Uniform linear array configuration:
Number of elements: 8
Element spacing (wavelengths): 0.5
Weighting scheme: uniform
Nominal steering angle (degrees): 45
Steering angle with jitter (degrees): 43.758
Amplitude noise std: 0.05
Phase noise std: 0.05

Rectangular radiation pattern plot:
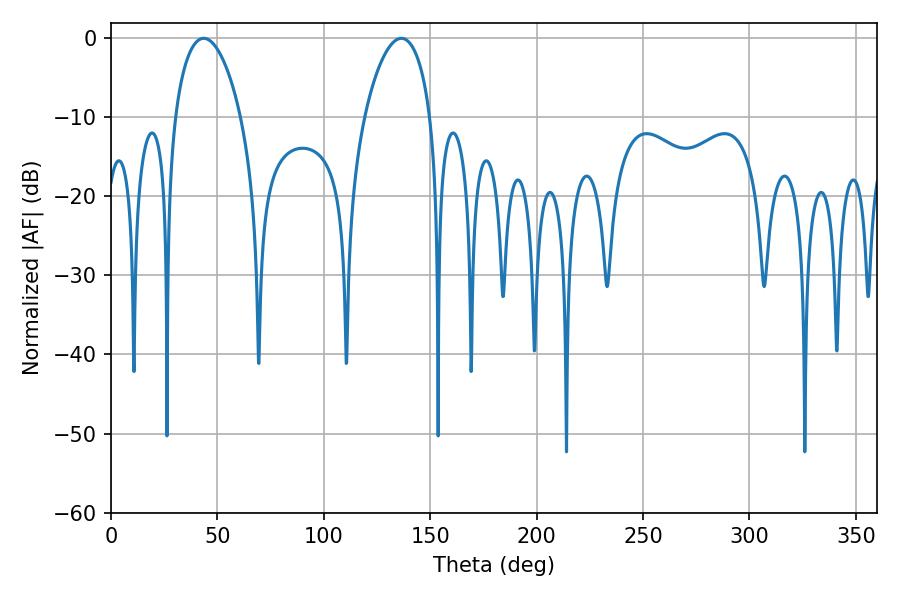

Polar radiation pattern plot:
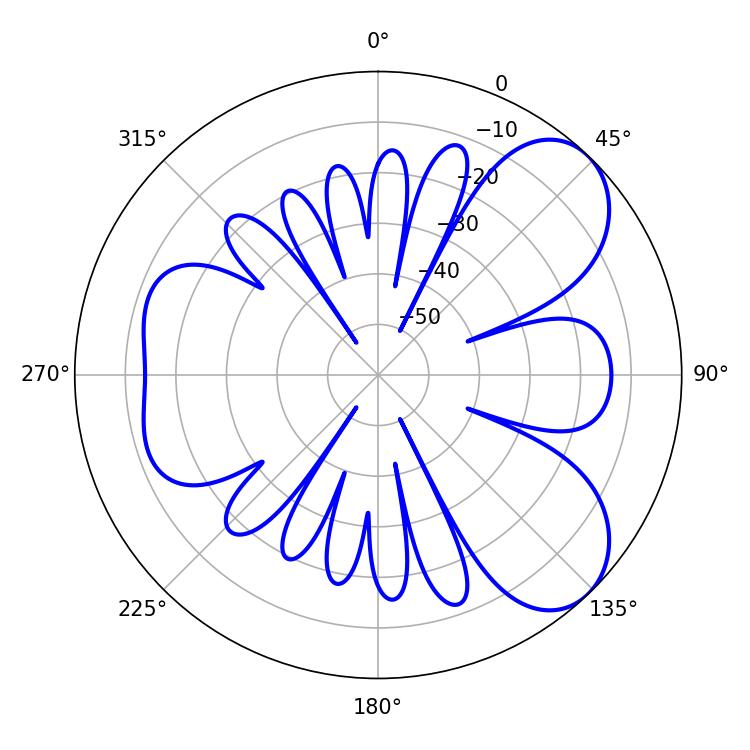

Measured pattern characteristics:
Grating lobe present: FALSE
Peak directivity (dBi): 6.855
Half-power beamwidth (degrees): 17.64
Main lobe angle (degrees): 43.56